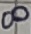
Text: 8